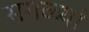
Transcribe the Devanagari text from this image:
सगळ्यां